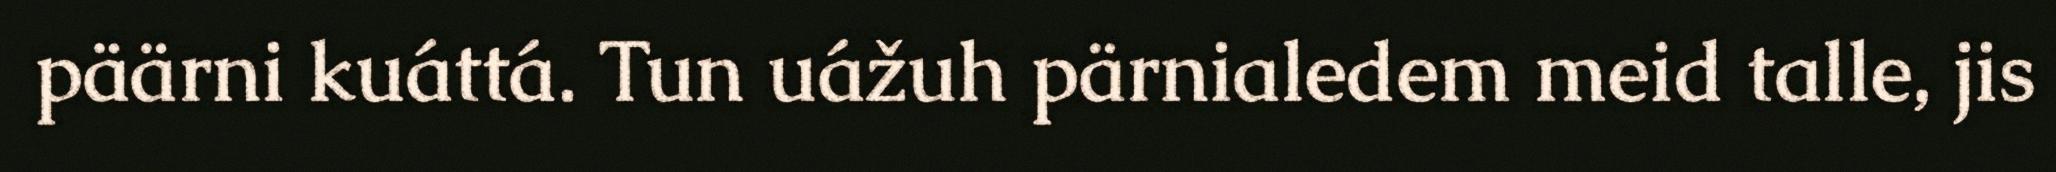
päärni kuáttá. Tun uážuh pärnialedem meid talle, jis